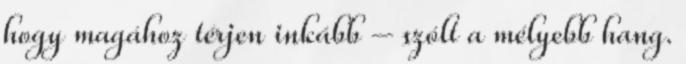
hogy magához térjen inkább – szólt a mélyebb hang.